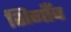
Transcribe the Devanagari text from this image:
शिगाँव